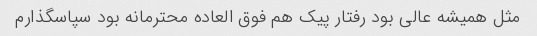
مثل همیشه عالی بود رفتار پیک هم فوق العاده محترمانه بود سپاسگذارم